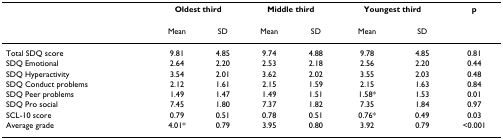
<table><thead><tr><td></td><td colspan="2"><b>Oldest third</b></td><td colspan="2"><b>Middle third</b></td><td colspan="2"><b>Youngest third</b></td><td><b>p</b></td></tr></thead><tbody><tr><td></td><td>Mean</td><td>SD</td><td>Mean</td><td>SD</td><td>Mean</td><td>SD</td><td></td></tr><tr><td>Total SDQ score</td><td>9.81</td><td>4.85</td><td>9.74</td><td>4.88</td><td>9.78</td><td>4.85</td><td>0.81</td></tr><tr><td>SDQ Emotional</td><td>2.64</td><td>2.20</td><td>2.53</td><td>2.18</td><td>2.56</td><td>2.20</td><td>0.44</td></tr><tr><td>SDQ Hyperactivity</td><td>3.54</td><td>2.01</td><td>3.62</td><td>2.02</td><td>3.55</td><td>2.03</td><td>0.48</td></tr><tr><td>SDQ Conduct problems</td><td>2.12</td><td>1.61</td><td>2.15</td><td>1.59</td><td>2.15</td><td>1.63</td><td>0.84</td></tr><tr><td>SDQ Peer problems</td><td>1.49</td><td>1.47</td><td>1.49</td><td>1.51</td><td>1.58*</td><td>1.53</td><td>0.01</td></tr><tr><td>SDQ Pro social</td><td>7.45</td><td>1.80</td><td>7.37</td><td>1.82</td><td>7.35</td><td>1.84</td><td>0.97</td></tr><tr><td>SCL-10 score</td><td>0.79</td><td>0.51</td><td>0.78</td><td>0.51</td><td>0.76*</td><td>0.49</td><td>0.03</td></tr><tr><td>Average grade</td><td>4.01*</td><td>0.79</td><td>3.95</td><td>0.80</td><td>3.92</td><td>0.79</td><td>&lt;0.001</td></tr></tbody></table>